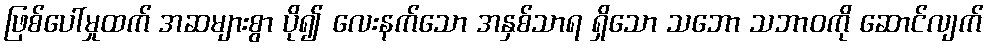
ဖြစ်ပေါ်မှုထက် အဆများစွာ ပို၍ လေးနက်သော အနှစ်သာရ ရှိသော သဘော သဘာဝကို ဆောင်လျက်